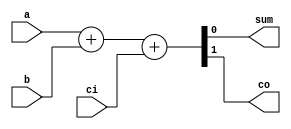
module addbit(
a,
b,
ci,
sum,
co);
input a;
input b;
input ci;
output sum;
output co;
wire a;
wire b;
wire ci;
wire sum;
wire co;

//code start here
assign {co, sum}=a+b+ci;

endmodule